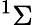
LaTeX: ^1\Sigma